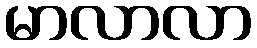
မာလာလာ